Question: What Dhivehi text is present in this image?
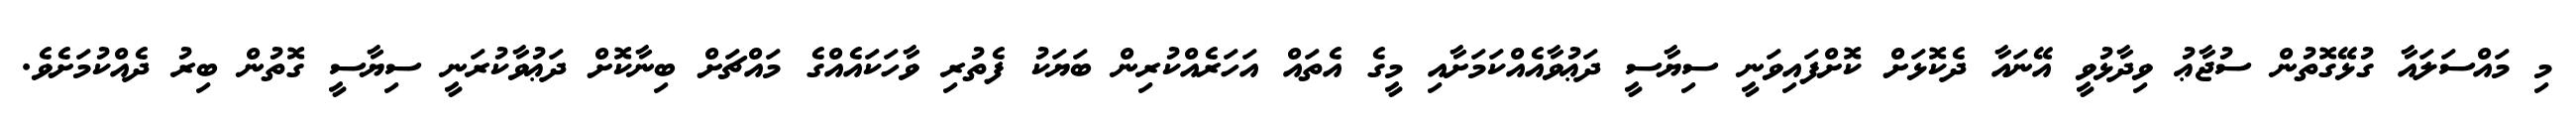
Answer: މި މައްސަލައާ ގުޅޭގޮތުން ސުޖާޢު ވިދާޅުވީ އޭނައާ ދެކޮޅަށް ކޮށްފައިވަނީ ސިޔާސީ ދަޢުވާއެއްކަމަށާއި މީގެ އެތައް އަހަރެއްކުރިން ބަޔަކު ފެތުރި ވާހަކައެއްގެ މައްޗަށް ބިނާކޮށް ދަޢުވާކުރަނީ ސިޔާސީ ގޮތުން ބިރު ދެއްކުމަށެވެ.